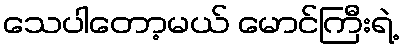
သေပါတော့မယ် မောင်ကြီးရဲ့